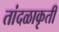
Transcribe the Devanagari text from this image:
तांदळाकृती